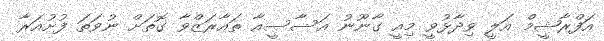
އަފްރާޝީމް އަލީ ވިދާޅުވީ މިއީ ގާނޫނު އަސާސީއާ ތައާރަޒްވާ ގޮތަށް ނުވަތަ ފުށުއަރާ